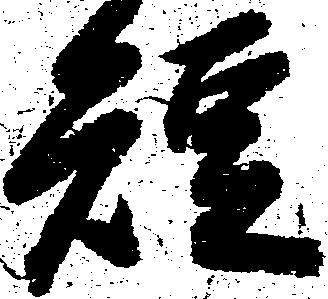
短